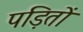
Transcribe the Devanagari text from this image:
पड़ितों